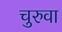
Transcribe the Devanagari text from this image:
चुरुवा